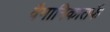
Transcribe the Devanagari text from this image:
वैमानिकातर्फे